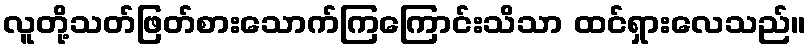
လူတို့သတ်ဖြတ်စားသောက်ကြကြောင်းသိသာ ထင်ရှားလေသည်။